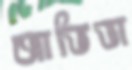
আভিভা